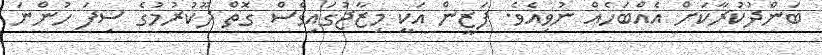
ބަންދުކުރާކަށް އެއްބަހެއް ނުވިއެވެ. ފަޒީން އަކީ މިޒާޖުގައިވެސް ގޮތް ދޫކުރުމުގެ ސިފަ ހުންނަ